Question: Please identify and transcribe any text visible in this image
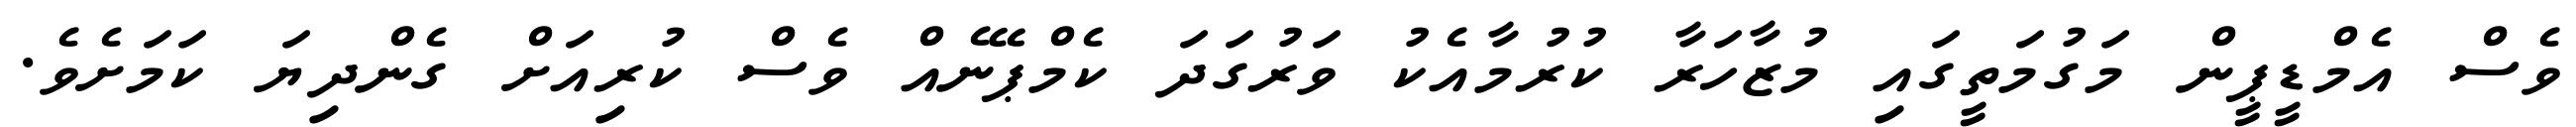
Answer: ވެސް އެމްޑީޕީން މަގުމަތީގައި މުޒާހަރާ ކުރުމާއެކު ވަރުގަދަ ކެމްޕޭނެއް ވެސް ކުރިއަށް ގެންދިޔަ ކަމަށެވެ.